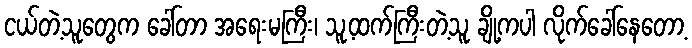
ငယ်တဲ့သူတွေက ခေါ်တာ အရေးမကြီး၊ သူ့ထက်ကြီးတဲ့သူ ချို့ကပါ လိုက်ခေါ်နေတော့